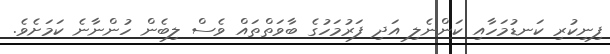
ފިނިކުރި ކަނޑުމަހާއި ކަންނެލި އަދި ފަރުމަހުގެ ބާވަތްތައް ވެސް ލިބެން ހުންނާނެ ކަމަށެވެ.